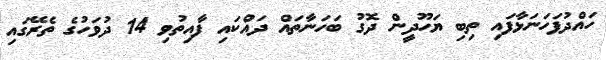
ހައްދުފަހަނަޅާފައި ތިބި ޔަހޫދީން ދޮގު ބަހަނާތައް ދައްކައި ފާއިތުވި 14 ދުވަހުގެ ތެރޭގައި